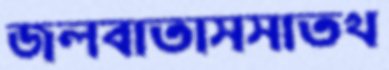
জলবাতাসসাতখ